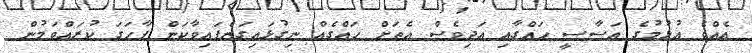
އެއްވެ އުޅުމުގެ އަސާސީ ހައްގާއި އަދިވެސް އެތަށް ހައްގެއް ނިގުޅައިގަނެފައިވާކަން ފާހަގަ ކުރައްވަމުން